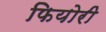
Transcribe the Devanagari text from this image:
फियोरी